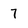
Character: 7